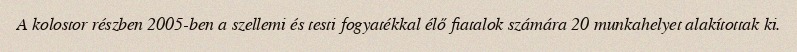
A kolostor részben 2005-ben a szellemi és testi fogyatékkal élő fiatalok számára 20 munkahelyet alakítottak ki.